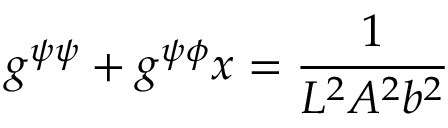
g ^ { \psi \psi } + g ^ { \psi \phi } x = \frac { 1 } { L ^ { 2 } A ^ { 2 } b ^ { 2 } }